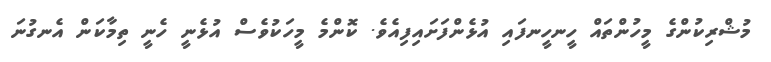
މުޝްރިކުންގެ މީހުންތައް ހީނހީނފައި އުޅެންފަށައިފިއެވެ. ކޮންމެ މީހަކުވެސް އުޅެނީ ހެނީ ތިމާކަން އެނގުނަ